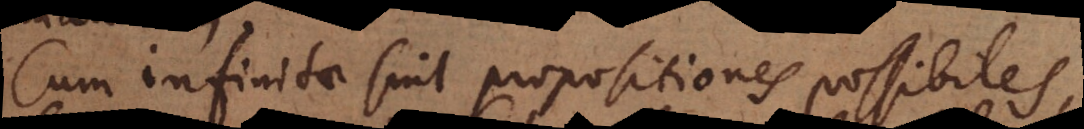
Cum infinitae sint propositiones possibiles,